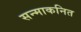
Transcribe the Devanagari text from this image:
सन्माकनित